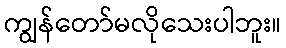
ကျွန်တော်မလိုသေးပါဘူး။